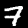
Label: 7